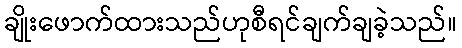
ချိုးဖောက်ထားသည်ဟုစီရင်ချက်ချခဲ့သည်။